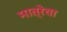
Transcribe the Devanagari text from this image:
मात्रेचा